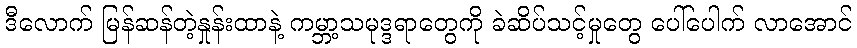
ဒီလောက် မြန်ဆန်တဲ့နှုန်းထာနဲ့ ကမ္ဘာ့သမုဒ္ဒရာတွေကို ခဲဆိပ်သင့်မှုတွေ ပေါ်ပေါက် လာအောင်